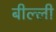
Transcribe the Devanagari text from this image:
बील्ली